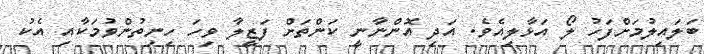
ބަލައިލުމަށްފަހު ލޯ އަޅާލިއެވެ. އަދި އޮންނާނީ ކަންތަށް ފަޒީލާ ވިހަ ހިނިތުންވުމަކާއި އެކު